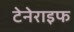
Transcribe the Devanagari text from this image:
टेनेराइफ